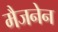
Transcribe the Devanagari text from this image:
मैजनेन